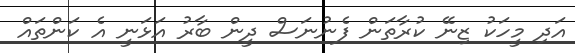
އަދި މީހަކު ޒިނޭ ކުރާތަން ފެނުނަސް ދީން ބާރު އަޅަނީ އެ ކަންތައް